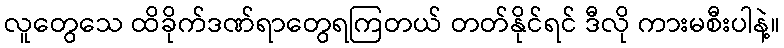
လူတွေသေ ထိခိုက်ဒဏ်ရာတွေရကြတယ် တတ်နိုင်ရင် ဒီလို ကားမစီးပါနဲ့။